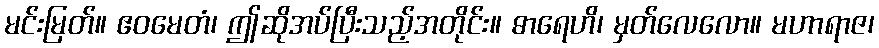
မင်းမြတ်။ ဧဝမေတံ၊ ဤဆိုအပ်ပြီးသည့်အတိုင်း။ ဓာရေဟိ၊ မှတ်လေလော။ မဟာရာဇ၊